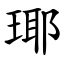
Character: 瑘